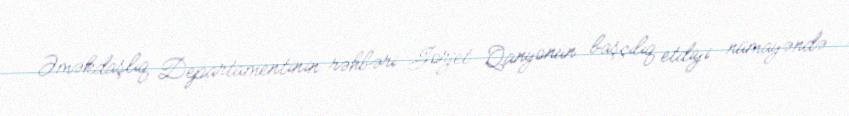
Əməkdaşlıq Departamentinin rəhbəri Jorjet Qanyonun başçılıq etdiyi nümayəndə